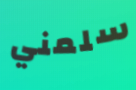
سلمني